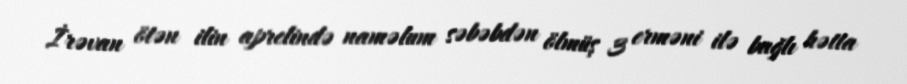
İrəvan ötən ilin aprelində naməlum səbəbdən ölmüş 3 erməni ilə bağlı hətta